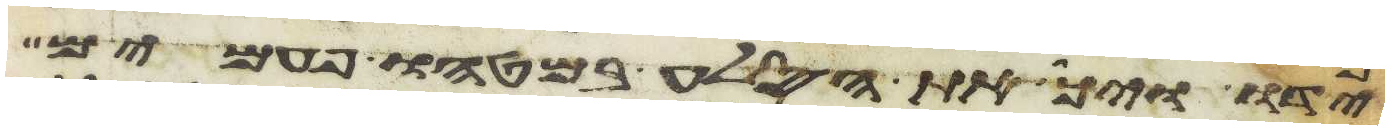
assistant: ידו ויך את הסלע במטהו פעמים